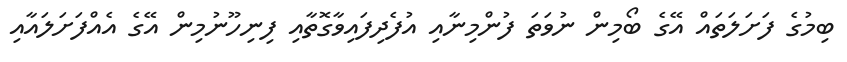
ބިމުގެ ފަށަލަތައް އޭގެ ބޯމިން ނުވަތަ ފުންމިނާއި އުފެދިފައިވާގޮތާއި ފިނިހޫނުމިން އޭގެ އެއްފަށަލައާއި